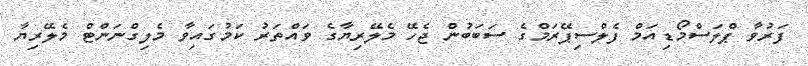
ފަރުވާ ޕްލަސްމޯޑިއަމް ފެލްސިޕޭރަމްގެ ސަބަބުން ޖެހޭ މެލޭރިޔާގެ ވައްތަރު ކަމުގައިވާ މެލިގްނަންޓް މެލޭރިޔާ